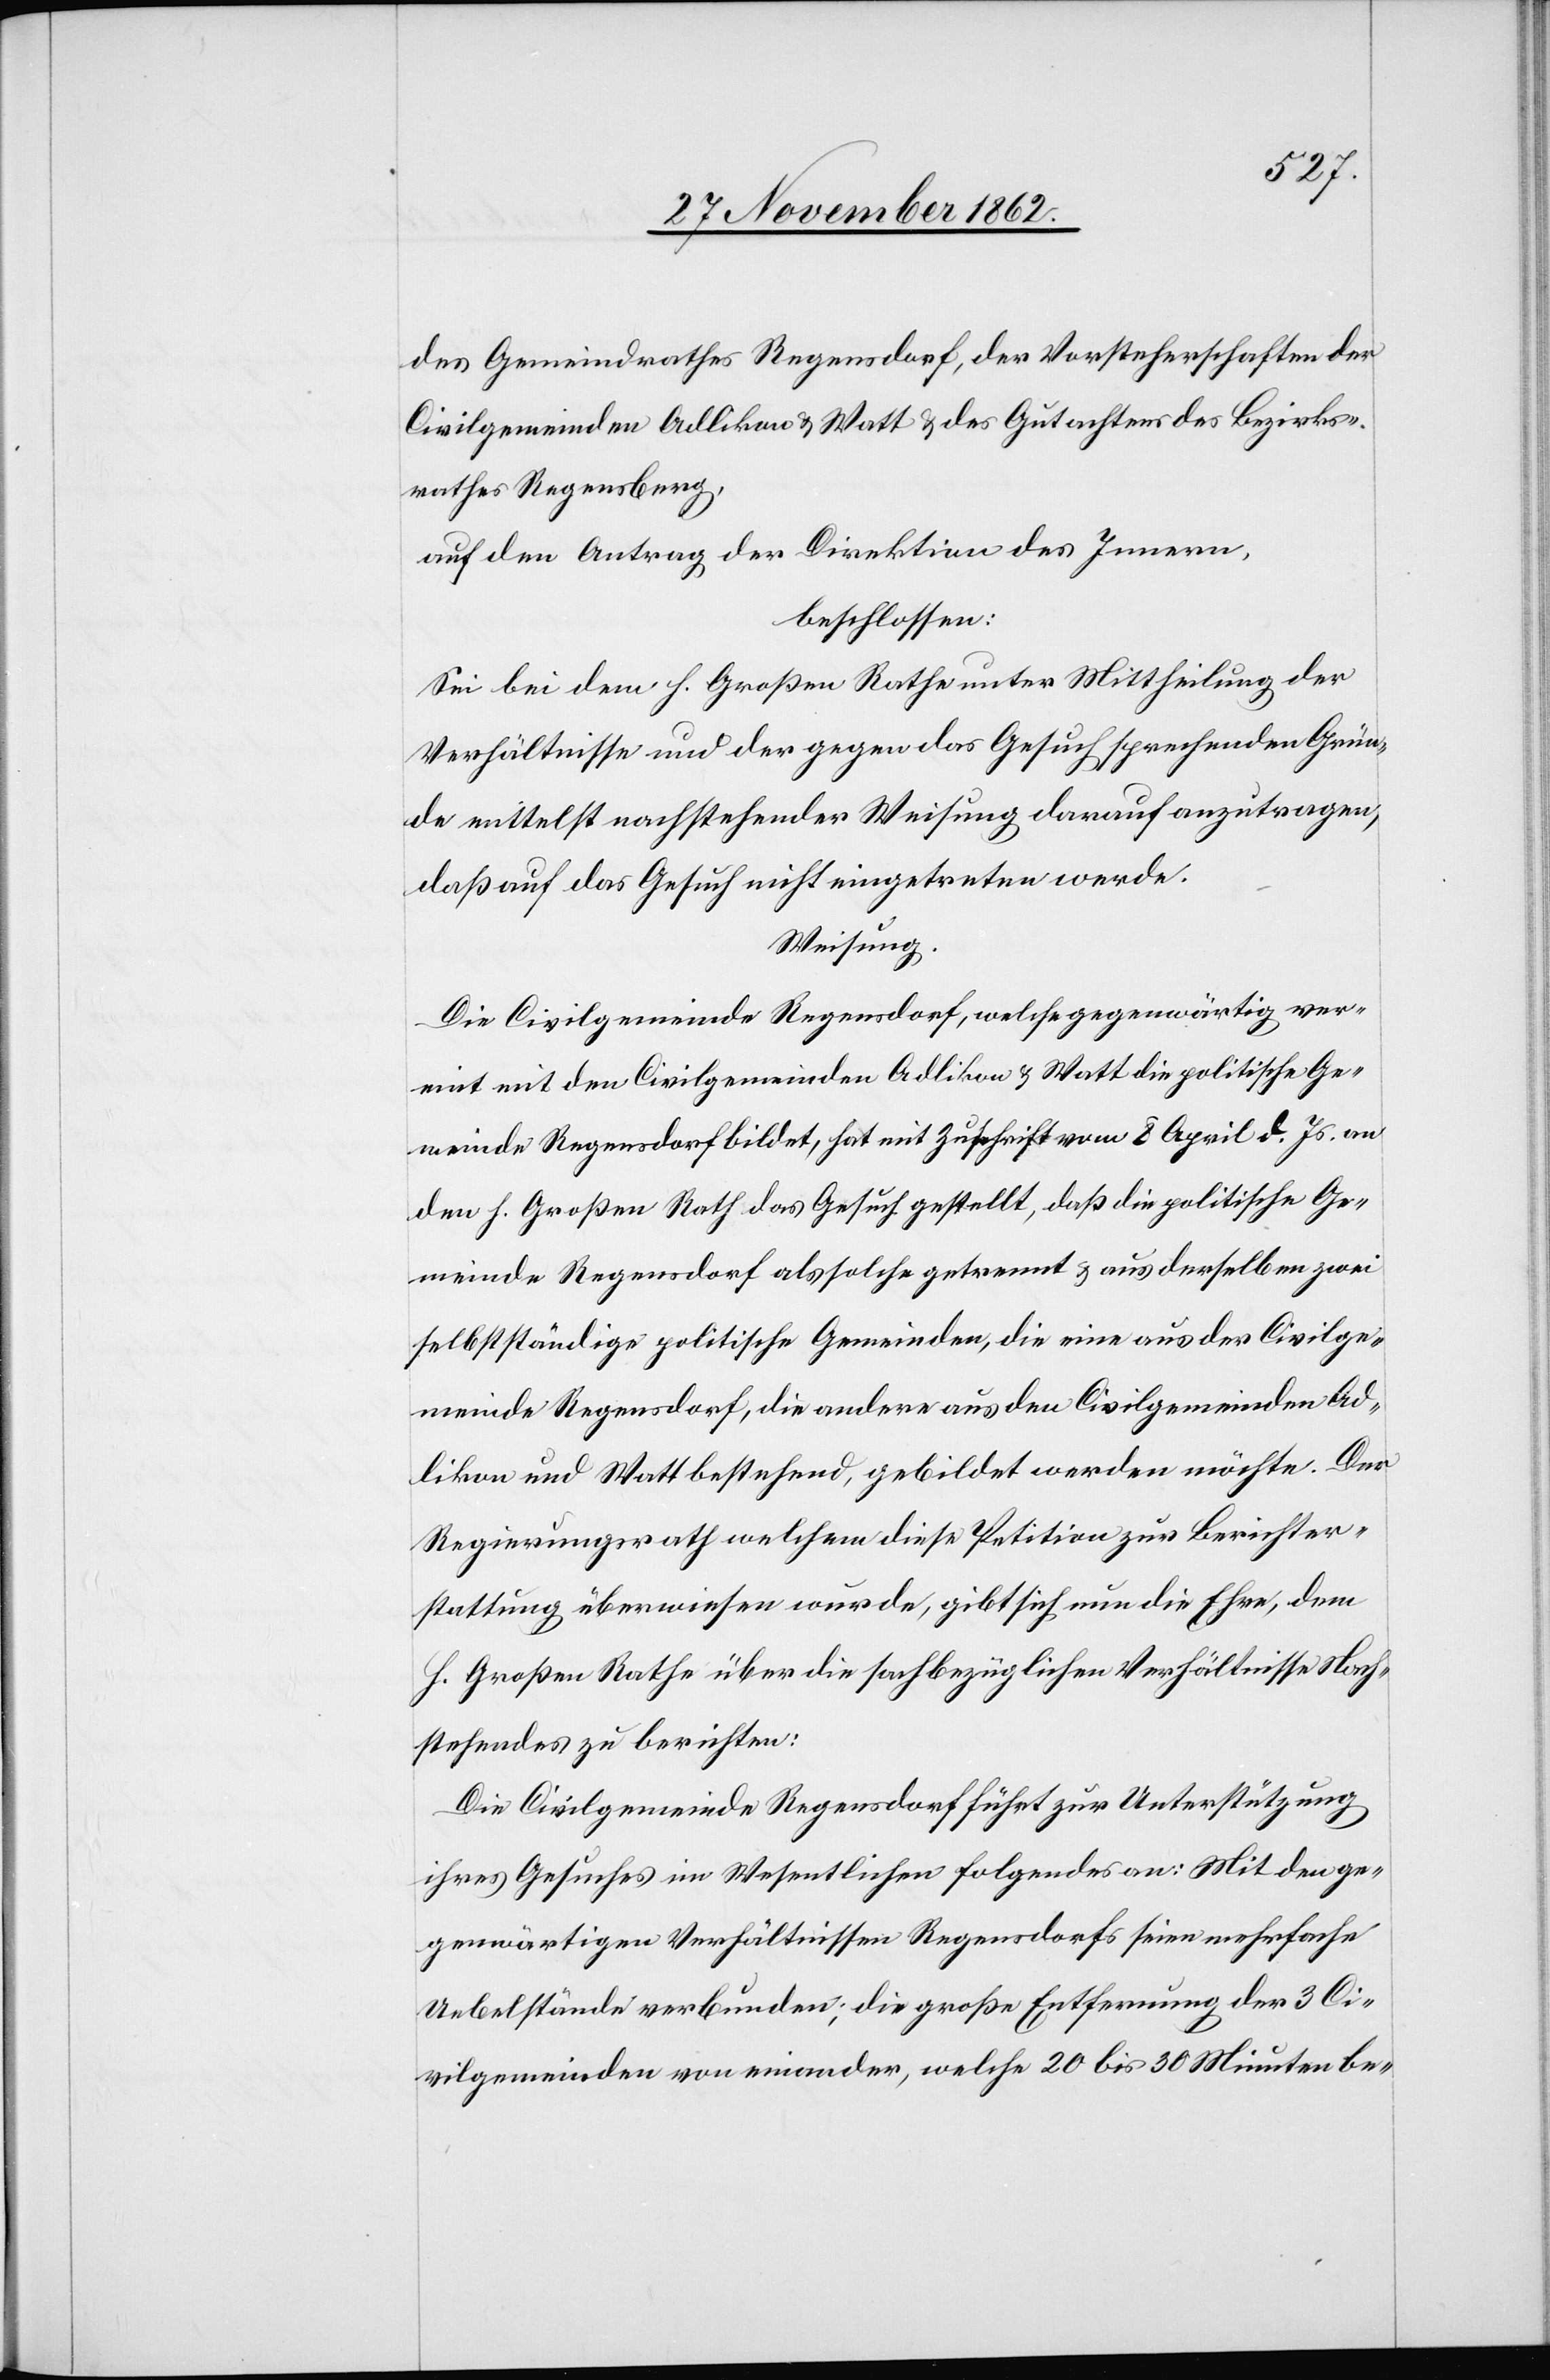
des Gemeindrathes Regensdorf, der Vorsteherschaften der
Civilgemeinden Adlikon u. Watt u. des Gutachtens des Bezirks¬
rathes Regensberg,
auf den Antrag der Direktion des Innern,
beschlossen:
Sei bei dem h. Großen Rathe unter Mittheilung der
Verhältnisse und der gegen das Gesuch sprechenden Grün¬
de mittelst nachstehender Weisung darauf anzutragen,
daß auf das Gesuch nicht eingetreten werde.
Weisung.
Die Civilgemeinde Regensdorf, welche gegenwärtig ver¬
eint mit den Civilgemeinden Adlikon u. Watt die politische Ge¬
meinde Regensdorf bildet, hat mit Zuschrift vom 8. April d. Js. an
den h. Großen Rath das Gesuch gestellt, daß die politische Ge¬
meinde Regensdorf als solche getrennt u. aus derselben zwei
selbstständige politische Gemeinden, die eine aus der Civilge¬
meinde Regensdorf, die andere aus den Civilgemeinden Ad¬
likon und Watt bestehend, gebildet werden möchte. Der
Regierungsrath welchem diese Petition zur Berichter¬
stattung überwiesen wurde, gibt sich nun die Ehre, dem
h. Großen Rathe über die sachbezüglichen Verhältnisse Nach¬
stehendes zu berichten.
Die Civilgemeinde Regensdorf führt zur Unterstützung
ihres Gesuches im Wesentlichen folgendes an: Mit den ge¬
genwärtigen Verhältnissen Regensdorfs seien mehrfache
Uebelstände verbunden; die große Entfernung der 3 Ci¬
vilgemeinden von einander, welche 20 bis 30 Minuten be-